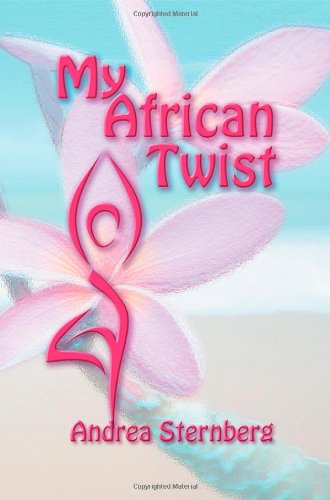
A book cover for My African Twist; Andrea Sternberg; Health, Fitness & Dieting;